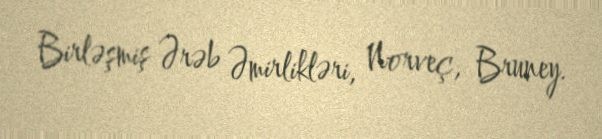
Birləşmiş Ərəb Əmirlikləri, Norveç, Bruney.